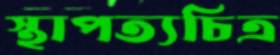
স্থাপত্যচিত্র